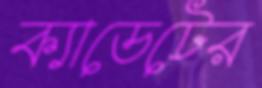
ক্যাডেটের